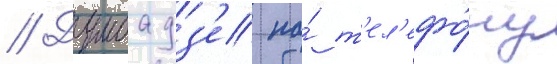
// Думбадз'е по́ т'ел'ефо́ну